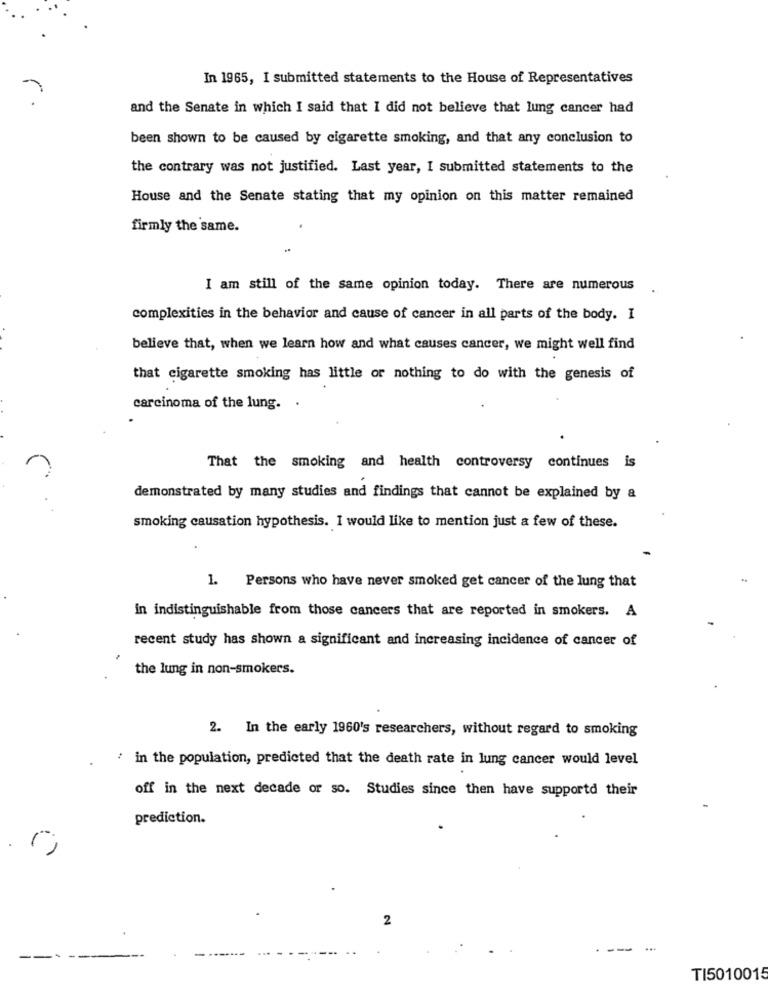
In 1965, I submitted statements to the House of Representatives
and the Senate in which I said that I did not believe that lung cancer had
been shown to be caused by cigarette smoking, and that any conclusion to
the contrary was not justified. Last year, I submitted statements to the
House and the Senate stating that my opinion on this matter remained
firmly the same.
I am still of the same opinion today. There are numerous
complexities in the behavior and cause of cancer in all parts of the body. I
believe that, when we learn how and what causes cancer, we might well find
that cigarette smoking has little or nothing to do with the genesis of
carcinoma of the lung.
That the smoking and health controversy continues is
demonstrated by many studies and findings that cannot be explained by a
smoking causation hypothesis. I would like to mention just a few of these.
1. Persons who have never smoked get cancer of the lung that
in indistinguishable from those cancers that are reported in smokers. A
recent study has shown a significant and increasing incidence of cancer of
the lung in non-smokers.
2. In the early 1960's researchers, without regard to smoking
in the population, predicted that the death rate in lung cancer would level
off in the next decade or so. Studies since then have supportd their
prediction.
2
...
TI5010015